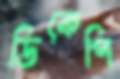
ডিকেপি